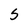
Character: 5